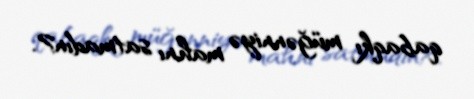
qabaqkı müğənniyə mahnı satmadın?.